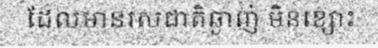
ដែលមានរសជាតិឆ្ងាញ់ មិនខ្សោះ